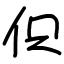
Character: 伿